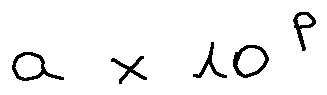
a \times 1 0 ^ { p }